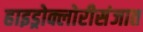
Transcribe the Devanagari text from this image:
हाइड्रोक्लोरीसंजात